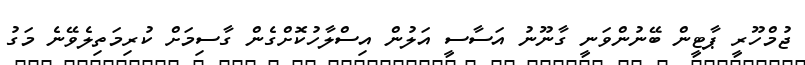
ޖުމްހޫރީ ޕާޓީން ބޭނުންވަނީ ގާނޫނު އަސާސީ އަލުން އިސްލާހުކޮށްގެން ގާސިމަށް ކުރިމަތިލެވޭނެ މަގު